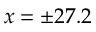
x = \pm 2 7 . 2